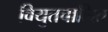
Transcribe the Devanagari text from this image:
वियुतचालित